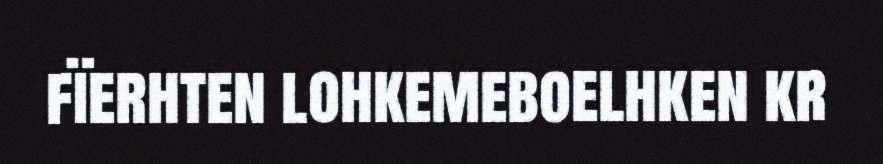
fïerhten lohkemeboelhken kr